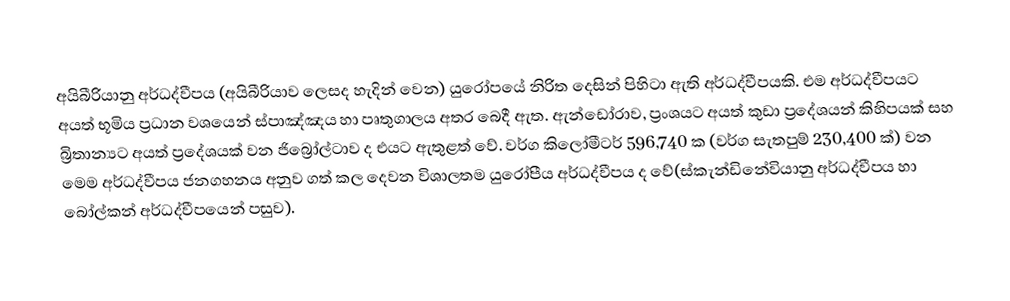
අයිබීරියානු අර්ධද්වීපය (අයිබීරියාව ලෙසද හැදින් වෙන) යුරෝපයේ නිරිත දෙසින් පිහිටා ඇති අර්ධද්වීපයකි. එම අර්ධද්වීපයට අයත් භූමිය ප්‍රධාන වශයෙන් ස්පාඤ්ඤය හා පෘතුගාලය අතර බෙදී ඇත. ඇන්ඩෝරාව, ප්‍රංශයට අයත් කුඩා ප්‍රදේශයන් කිහිපයක් සහ බ්‍රිතාන්‍යට අයත් ප්‍රදේශයක් වන ජිබ්‍රෝල්ටාව ද එයට ඇතුළත් වේ. වර්ග කිලෝමීටර් 596,740 ක (වර්ග සැතපුම් 230,400 ක්) වන මෙම අර්ධද්වීපය ජනගහනය අනුව ගත් කල දෙවන විශාලතම යුරෝපීය අර්ධද්වීපය  ද වේ(ස්කැන්ඩිනේවියානු අර්ධද්වීපය හා බෝල්කන් අර්ධද්වීපයෙන් පසුව).